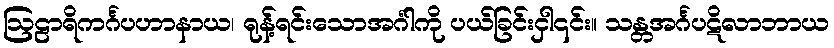
ဩဠာရိကင်္ဂပဟာနာယ၊ ရုန့်ရင်းသောအင်္ဂါကို ပယ်ခြင်းငှါ၎င်း။ သန္တအင်္ဂပဋိလာဘာယ